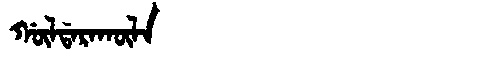
Manchu: ᡤᡡᠯᡩᠠᡵᠠᡴᡡᠯᠠ
Romanization: GŪLDARAKŪLA